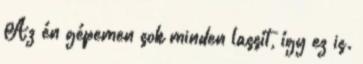
Az én gépemen sok minden lassít, így ez is.